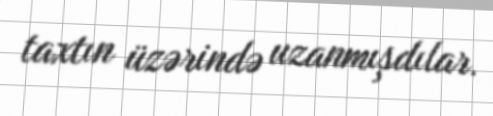
taxtın üzərində uzanmışdılar.